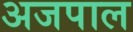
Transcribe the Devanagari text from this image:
अजपाल